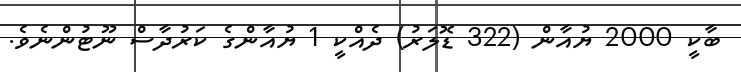
ބާކީ 2000 ޔުއާން (322 ޑޮލަރު) ދެއްކީ 1 ޔުއާންގެ ކަރުދާސް ނޫޓުންނެވެ.